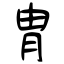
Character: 胄